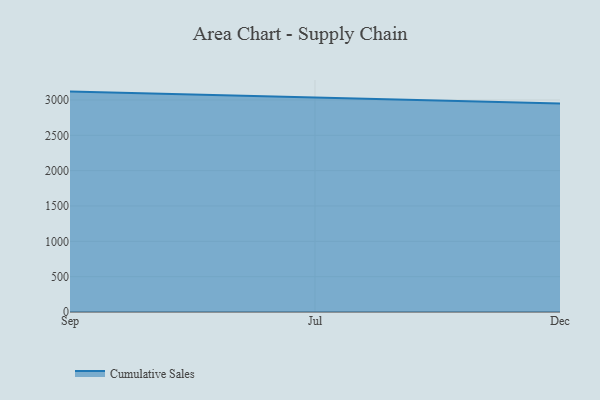
{"axis": {"x": "Month", "y": "Conversion Rate (%)"}, "legend": ["Cumulative Sales"], "data": [{"x": "Sep", "y": 3118.6, "type": "Cumulative Sales"}, {"x": "Jul", "y": 3033.6, "type": "Cumulative Sales"}, {"x": "Dec", "y": 2951.6, "type": "Cumulative Sales"}]}